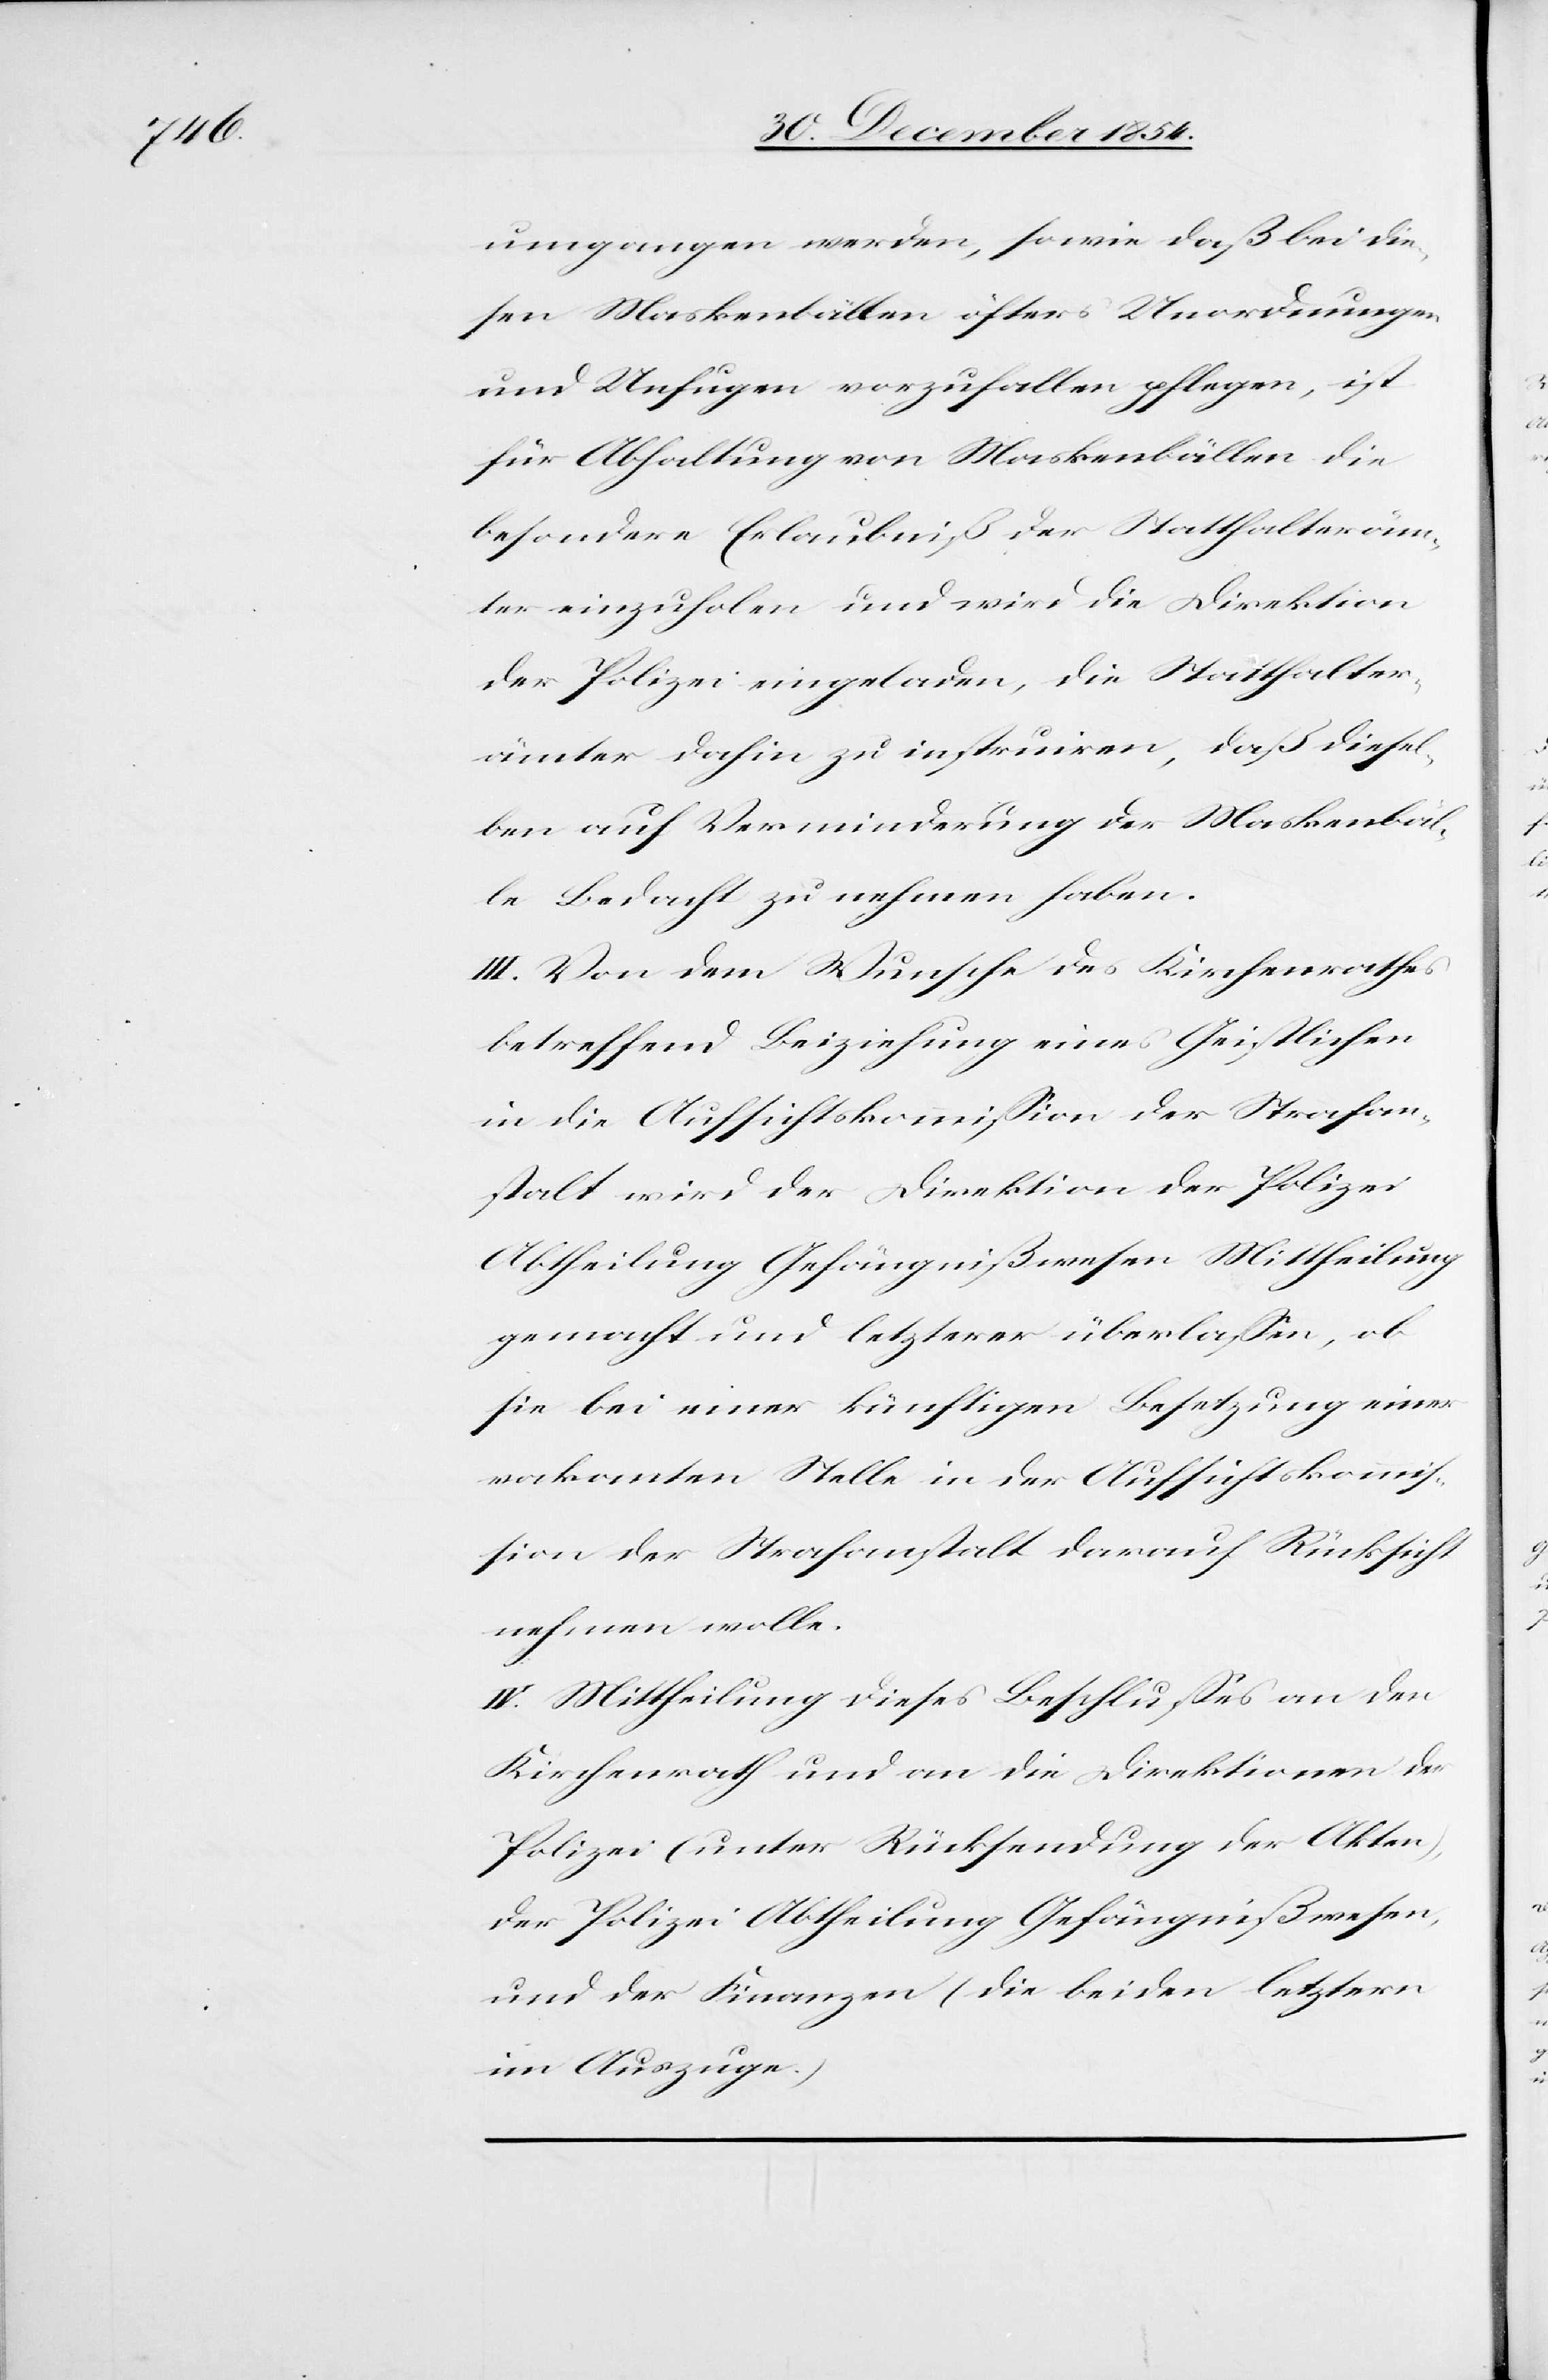
umgangen werden, sowie daß bei die¬
sen Maskenbällen öfters Unordnungen
und Unfugen vorzuhalten pflegen, ist
für Abhaltung von Maskenbällen die
besondere Erlaubniß der Statthalteräm¬
ter einzuholen und wird die Direktion
der Polizei eingeladen, die Statthalter¬
ämter dahin zu instruieren, daß diesel¬
ben auf Verminderung der Maskenbäl¬
le Bedacht zu nehmen haben.
III. Von dem Wunsche des Kirchenrathes
betreffend Beiziehung eines Geistlichen
in die Aufsichtskommißion der Strafan¬
stalt wird der Direktion der Polizei
Abtheilung Gefängnißwesen Mittheilung
gemacht und letzterer überlaßen, ob
sie bei einer künftigen Besetzung einer
vakanten Stelle in der Aufsichtskommiß¬
ion der Strafanstalt darauf Rücksicht
nehmen wolle.
IV. Mittheilung dieses Beschlußes an den
Kirchenrath und an die Direktionen der
Polizei (unter Rücksendung der Akten),
der Polizei Abtheilung Gefängnißwesen,
und der Finanzen (die beiden letztern
im Auszuge.)